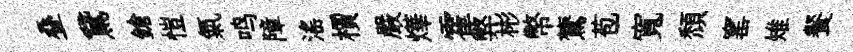
叠鵞鎗愷氣鸣障滛檟嚴燁霍弊彬幣鷟苞寬頽窰雉餐